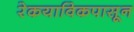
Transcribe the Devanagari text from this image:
रेकयाविकपासून